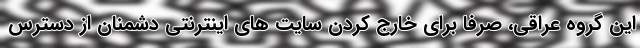
این گروه عراقی، صرفا برای خارج کردن سایت های اینترنتی دشمنان از دسترس